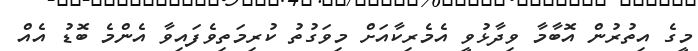
މީގެ އިތުރުން އޮބާމާ ވިދާޅުވީ އެމެރިކާއަށް މިވަގުތު ކުރިމަތިވެފައިވާ އެންމެ ބޮޑު އެއް